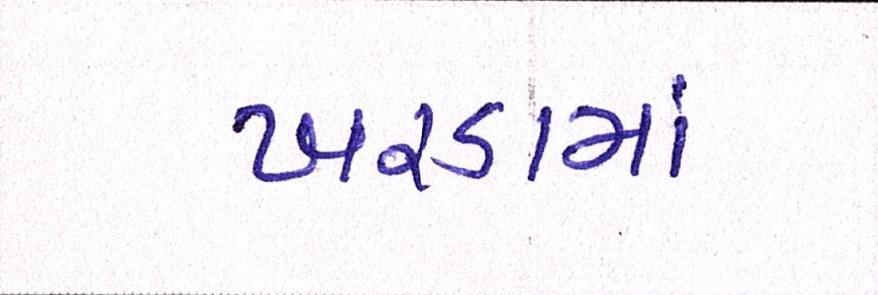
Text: ખરડામાં